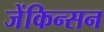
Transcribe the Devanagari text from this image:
जेंकिन्सन